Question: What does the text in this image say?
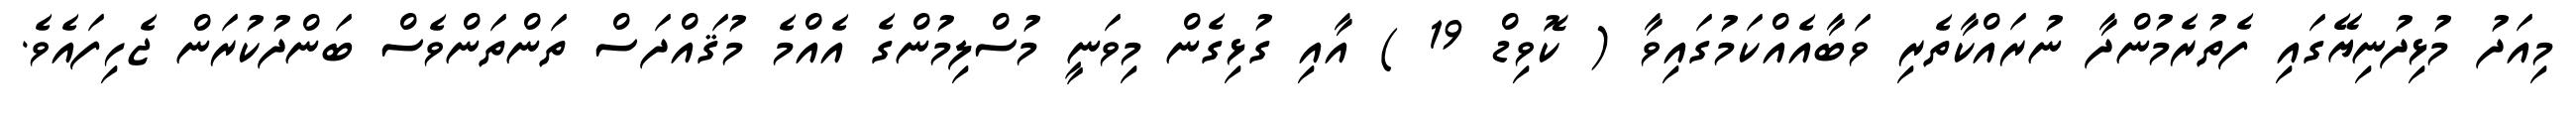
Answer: މިއަދު މުޅިދުނިޔޭގައި ފެތުރެމުންދާ ނުރައްކާތެރި ވަބާއެއްކަމުގައިވާ ( ކޮވިޑް 19 ) އާއި ގުޅިގެން މިވަނީ މުސްލިމުންގެ އެއްމެ މުޤައްދަސް ތަންތަންވެސް ބަންދުކުރަން ޖެހިފައެވެ.